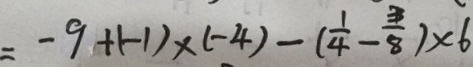
= - 9 + ( - 1 ) \times ( - 4 ) - ( \frac { 1 } { 4 } - \frac { 3 } { 8 } ) \times 6